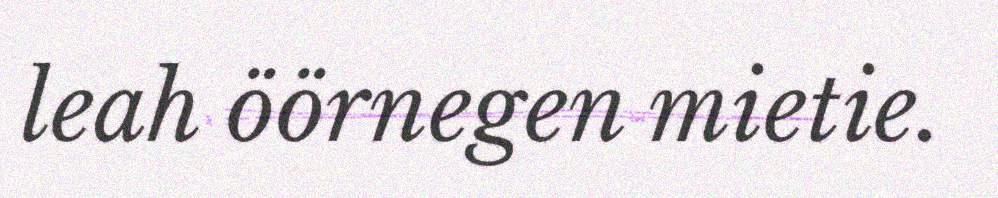
leah öörnegen mietie.